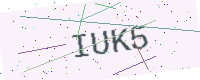
Text: IUK5